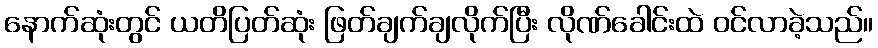
နောက်ဆုံးတွင် ယတိပြတ်ဆုံး ဖြတ်ချက်ချလိုက်ပြီး လိုဏ်ခေါင်းထဲ ဝင်လာခဲ့သည်။